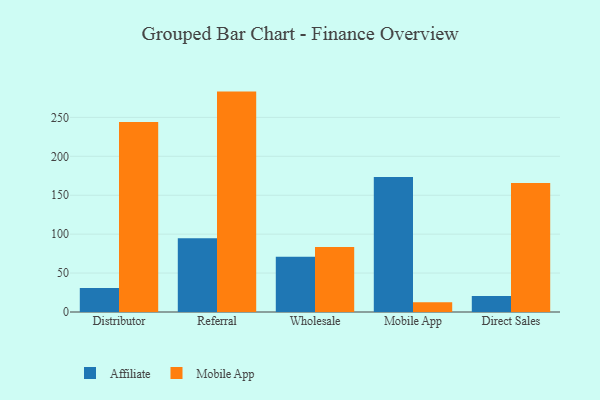
{"axis": {"x": "Channel", "y": "Conversion Rate (%)"}, "legend": ["Affiliate", "Mobile App"], "data": [{"x": "Distributor", "y": 30.8, "type": "Affiliate"}, {"x": "Distributor", "y": 243.9, "type": "Mobile App"}, {"x": "Referral", "y": 94.8, "type": "Affiliate"}, {"x": "Referral", "y": 283.1, "type": "Mobile App"}, {"x": "Wholesale", "y": 71.0, "type": "Affiliate"}, {"x": "Wholesale", "y": 83.4, "type": "Mobile App"}, {"x": "Mobile App", "y": 173.5, "type": "Affiliate"}, {"x": "Mobile App", "y": 12.5, "type": "Mobile App"}, {"x": "Direct Sales", "y": 20.7, "type": "Affiliate"}, {"x": "Direct Sales", "y": 165.7, "type": "Mobile App"}]}